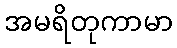
အမရိတုကာမာ